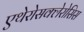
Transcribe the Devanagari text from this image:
एथेरोसक्लेरोसिस